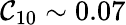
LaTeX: \mathcal{C}_{10}\sim0.07